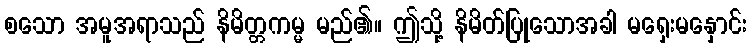
စသော အမူအရာသည် နိမိတ္တကမ္မ မည်၏။ ဤသို့ နိမိတ်ပြုသောအခါ မရှေးမနှောင်း